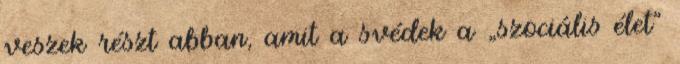
veszek részt abban, amit a svédek a „szociális élet”